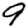
Digit: 9